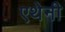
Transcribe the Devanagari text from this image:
एथेनी